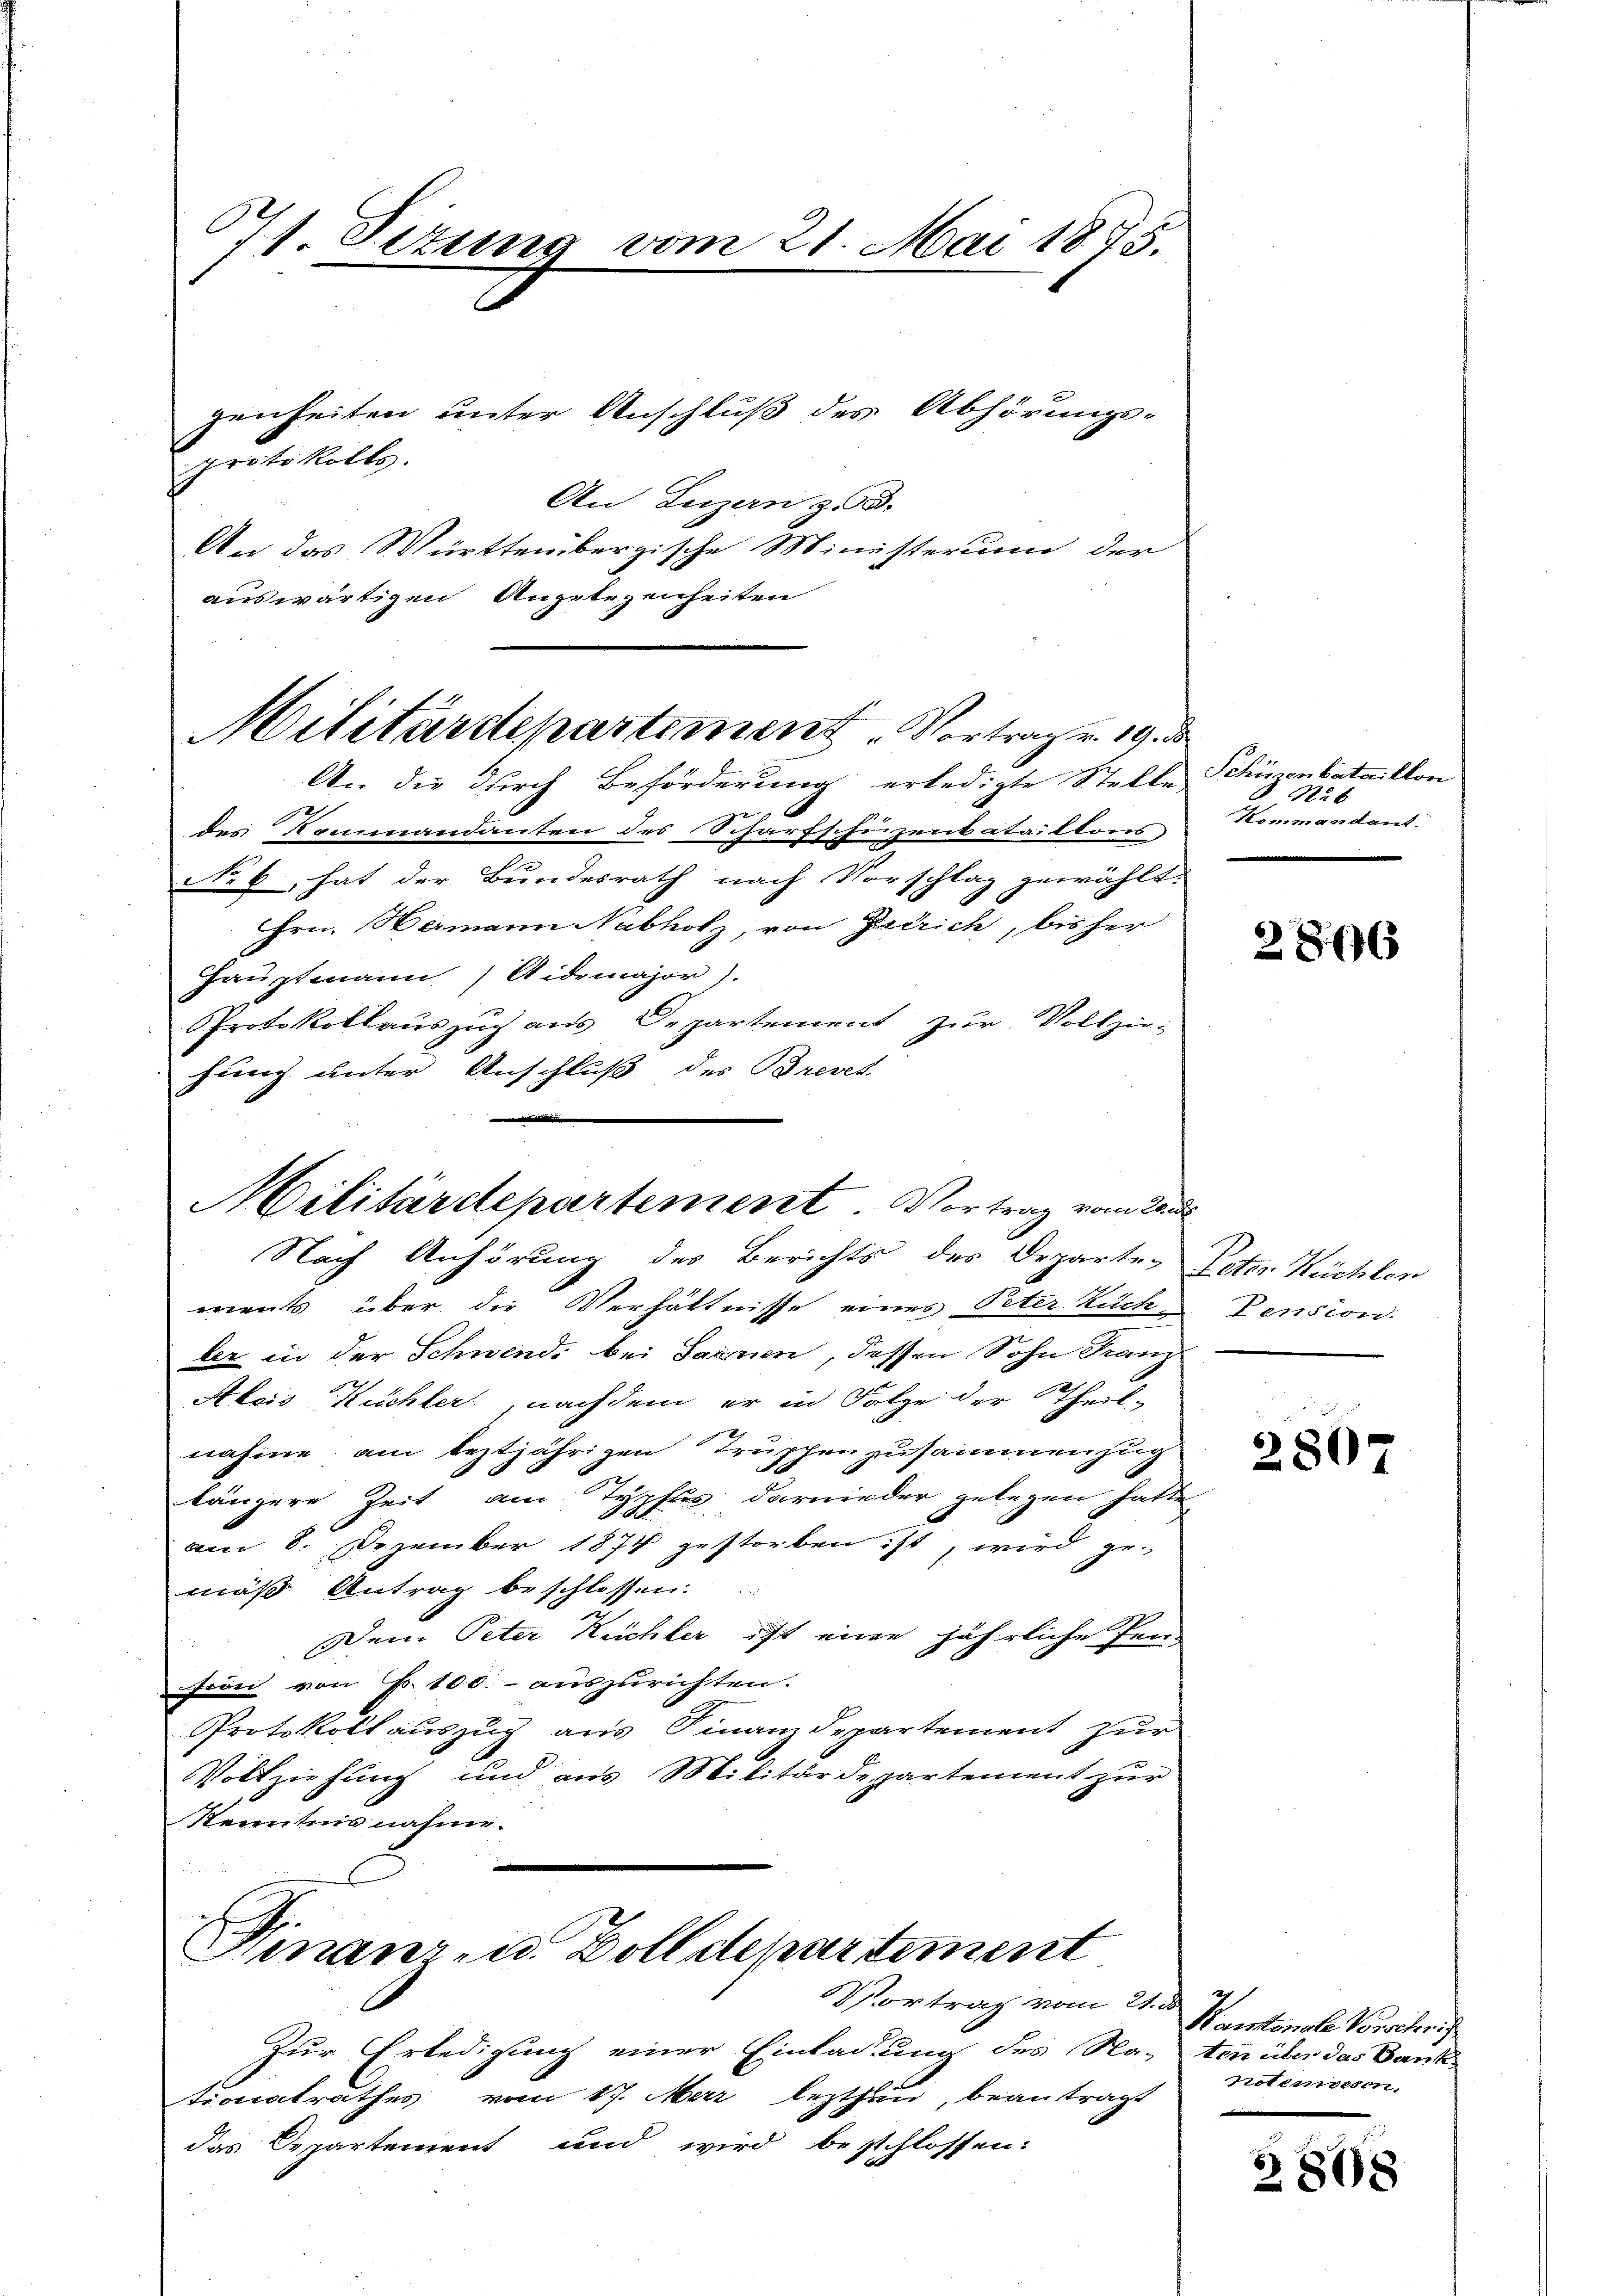
671. Sizung vom 21. Mai 1885.
genheiten unter Anschluß des Abhörungs-
protokolls.

An Luzern z. 3.
An das Württembergische Ministerium der
auswärtigen Angelegenheiten
A. die durch Beförderung erledigte Stelle
des Rammandanten des Scharfschuzentataillors
No 6 hat der Bundesrath nach Vorschlag gewählt.
Hrn. Hermann Nabholz, von Gerich, bis her
Hauptmann Aidemajor).
Protokollauszug aus Departement zur Vollzie-
hung unter Anschluß des Brevet

Militärdepartement. Vortrag v. 19.

Nach Anhörung des Berichts des Departe Poten Küchlen
ments über die Verhältnisse eines Peter Züch-Vension.
ler in der Schwendi bei Sarnen, dessen Sohn Franz
Aleis Küchler, nachdem er in Folge der Theil-
nahme am leztjährigen Truppenzusammenzug
längere Zeit am Typflis darnieder gelegen hatte
am 8. Dezember 1874 gestorben ist, wird ge-
mäß Antrag beschlossen.
Den Peter Küchler ist eine jährliche Pen-
sion von Fr. 100.- auszurichten.
Protokoll auszug aus Finanzdepartement zur
Vollziehung und aus Militärdepartement zŭr
Kenntnis nahme.

Militärdepartement. Vortrag vom Unt

Finanz- u. Dolldepartement
VVortrag vom 21. ds.

Zur Erledigung einer Einladung des Naton über das Dank-
tionalrathes vom 17. Merz lezthen, beantragt
das Departement und wird beschlossen:

.
Schüzenbataillon
N26
Kommandant.

2866

2807

2
Kantonale Vorschri
Notimwesen.

3808